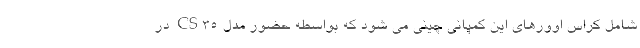
شامل کراس اوورهای این کمپانی چینی می شود که بواسطه حضور مدل CS35 در